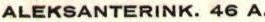
ALEKSANTERINK. 46 A